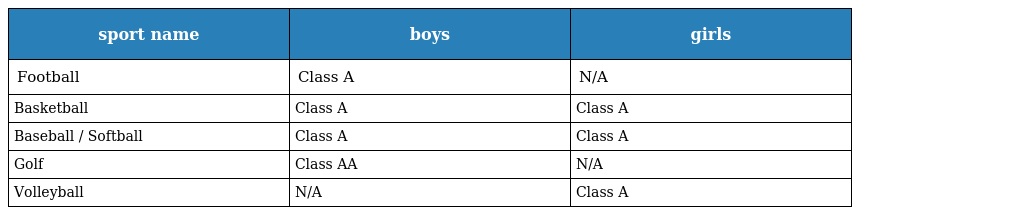
| sport name | boys | girls |
 | --- | --- | --- |
 | Football | Class A | N/A |
 | Basketball | Class A | Class A |
 | Baseball / Softball | Class A | Class A |
 | Golf | Class AA | N/A |
 | Volleyball | N/A | Class A |